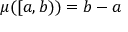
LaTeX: \mu ( [ a , b ) ) = b - a